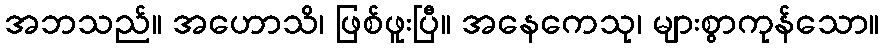
အဘသည်။ အဟောသိ၊ ဖြစ်ဖူးပြီ။ အနေကေသု၊ များစွာကုန်သော။